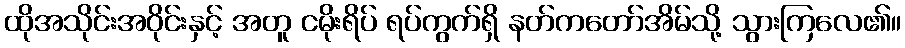
ထိုအသိုင်းအဝိုင်းနှင့် အတူ ငမိုးရိပ် ရပ်ကွက်ရှိ နတ်ကတော်အိမ်သို့ သွားကြလေ၏။